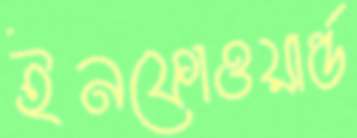
ইনফোওয়ার্ল্ড